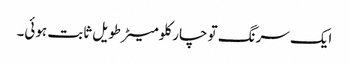
ایک سرنگ تو چار کلومیٹرطویل ثابت ہوئی۔